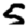
Digit: 5